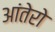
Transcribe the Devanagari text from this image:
आंतेरो